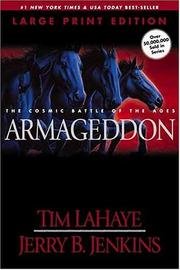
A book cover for Armageddon - The Cosmic Battle Of The Ages, Book Eleven, The Continuing Drama Of Those Left Behind; Tim LaHaye; Christian Books & Bibles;